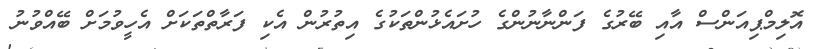
އޮލިމްޕިއަންސް އާއި ބޭރުގެ ފަންނާނުންގެ ހުށައެޅުންތަކުގެ އިތުރުން އެކި ފަރާތްތަކަށް އެހީވުމަށް ބޭއްވުނު